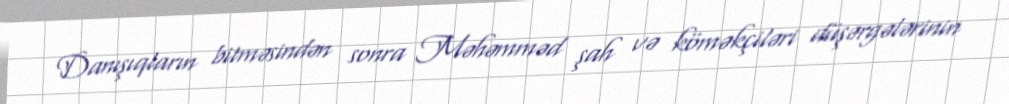
Danışıqların bitməsindən sonra Məhəmməd şah və köməkçiləri düşərgələrinin